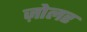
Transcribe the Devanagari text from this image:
ज़ोलर